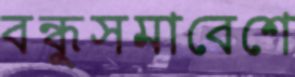
বন্ধুসমাবেশে